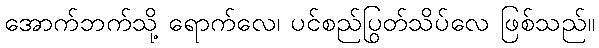
အောက်ဘက်သို့ ရောက်လေ၊ ပင်စည်ပြွတ်သိပ်လေ ဖြစ်သည်။